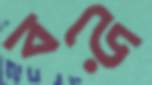
বড়ে